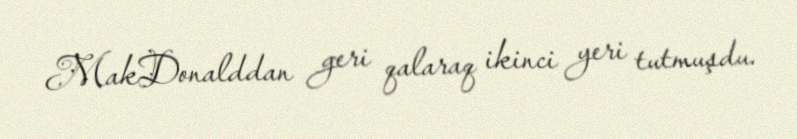
MakDonalddan geri qalaraq ikinci yeri tutmuşdu.